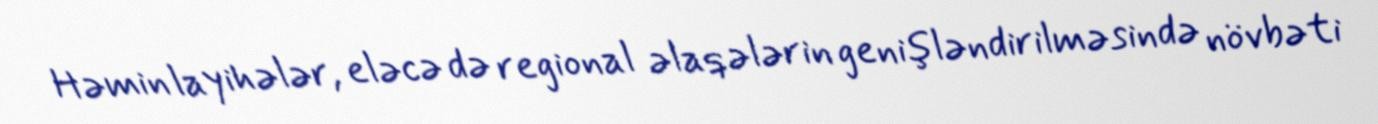
Həmin layihələr, eləcə də regional əlaqələrin genişləndirilməsində növbəti